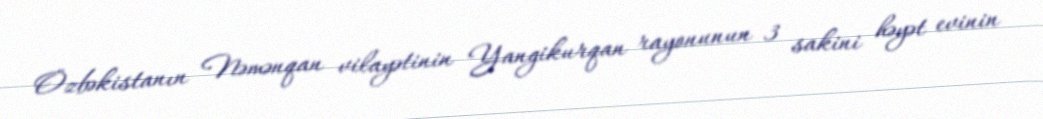
Özbəkistanın Nəmənqan vilayətinin Yangikurqan rayonunun 3 sakini həyət evinin